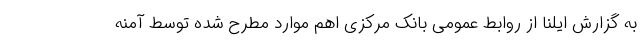
به گزارش ایلنا از روابط عمومی بانک مرکزی اهم موارد مطرح شده توسط آمنه